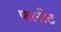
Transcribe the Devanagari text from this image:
फलीट